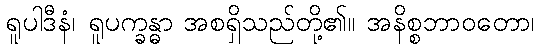
ရူပါဒီနံ၊ ရူပက္ခန္ဓာ အစရှိသည်တို့၏။ အနိစ္စဘာဝတော၊